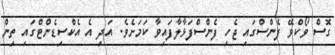
ގޮސް ވޯކްވޭ ފެންސްގައި ޖެހި ފެންސްފަޅާލާފައިވާ ކަމަށެވެ. އަދި އެ އެކްސިޑެންޓްގައި ތިން